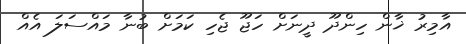
އާމިރު ޚާން ހިންދޫ ދީނަށް ހަޖޫ ޖެހި ކަމަށް ބުނާ މައްސަލަ އެއް